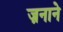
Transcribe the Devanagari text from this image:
ज़नाने